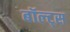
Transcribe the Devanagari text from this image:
बॉल्ट्स